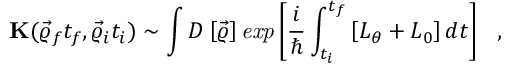
{ \bf K } ( \vec { \varrho } _ { f } t _ { f } , \vec { \varrho } _ { i } t _ { i } ) \sim \int { \cal D } \left[ \vec { \varrho } \right] { \it e x p } \left[ \frac { i } { \hbar } \int _ { t _ { i } } ^ { t _ { f } } \left[ L _ { \theta } + L _ { 0 } \right] d t \right] ~ ~ ,